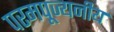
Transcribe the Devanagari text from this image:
परमपूज्‍यनीय